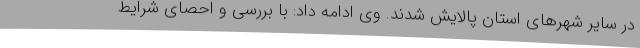
در سایر شهرهای استان پالایش شدند. وی ادامه داد: با بررسی و احصای شرایط